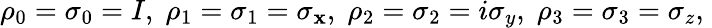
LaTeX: \rho_{0}=\sigma_{0}=I,\; \rho_{1}=\sigma_{1}=\sigma_{\mathbf{x}},\; \rho_{2}=\sigma_{2}=i\sigma_{y},\; \rho_{3}=\sigma_{3}=\sigma_{z},\;